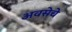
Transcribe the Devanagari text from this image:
अवसेचे